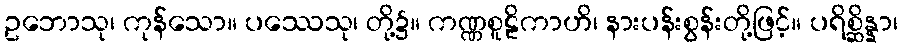
ဥဘောသု၊ ကုန်သော။ ပဿေသု၊ တို့၌။ ကဏ္ဏစူဠိကာဟိ၊ နားပန်းစွန်းတို့ဖြင့်။ ပရိစ္ဆိန္နာ၊